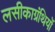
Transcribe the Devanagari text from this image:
लसीकाग्रंथियों